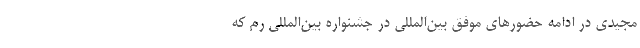
مجیدی در ادامه حضورهای موفق بین‌المللی در جشنواره بین‌المللی رم که